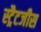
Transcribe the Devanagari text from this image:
स्ट्रैटजीस